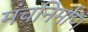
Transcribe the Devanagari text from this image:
मंचनिर्माण